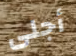
أجلى